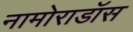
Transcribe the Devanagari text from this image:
नामोराडॉस